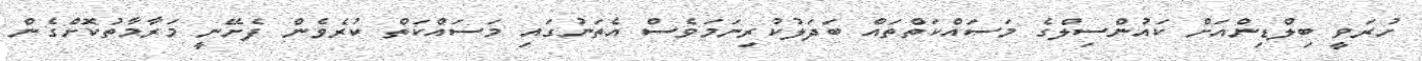
ހުރަވީ ބިލްޑިންއަށް ކައުންސިލްގެ މަސައްކަތްތައް ބަދަލުކުރިނަމަވެސް އެތަނުގައި މަސައްކަތް ކުރެވެން ފެށޭނީ މަރާމާތުކޮށްގެން